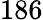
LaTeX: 186